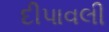
દીપાવલી